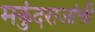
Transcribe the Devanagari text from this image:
मकुंदराजांची